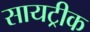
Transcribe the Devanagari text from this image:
सायट्रीक